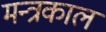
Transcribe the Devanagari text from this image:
मन्त्रकाल